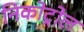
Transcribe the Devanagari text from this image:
निकोट्रोल